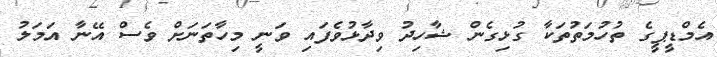
އެމްޑީޕީގެ ތުހުމަތުތަކާ ގުޅިގެން ޝާހިދު ވިދާޅުވެފައި ވަނީ މިހާތަނަށް ވެސް އޭނާ އަމަލު